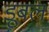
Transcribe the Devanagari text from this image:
डूबल